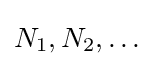
N_{1},N_{2},\ldots